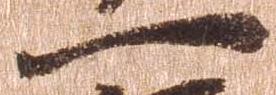
一